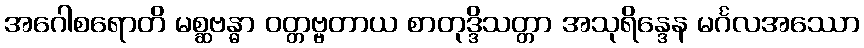
အဂေါစရောတိ မစ္ဆဗန္ဓာ ဝတ္တဗ္ဗတာယ စာတုဒ္ဒိသတ္တာ အသုရိန္ဒေန မင်္ဂလအဿော